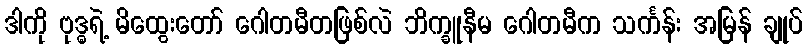
ဒါကို ဗုဒ္ဓရဲ့ မိထွေးတော် ဂေါတမီတဖြစ်လဲ ဘိက္ခူနီမ ဂေါတမီက သင်္ကန်း အမြန် ချုပ်